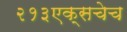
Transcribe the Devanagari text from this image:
२१३एक्सचेच